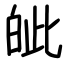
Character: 皉